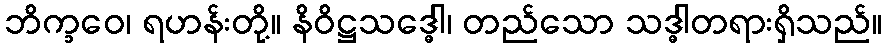
ဘိက္ခဝေ၊ ရဟန်းတို့။ နိဝိဋ္ဌသဒ္ဓေါ၊ တည်သော သဒ္ဓါတရားရှိသည်။